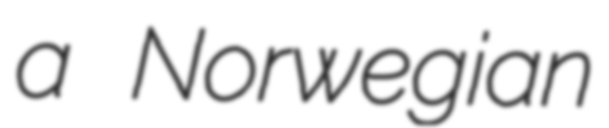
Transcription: a Norwegian